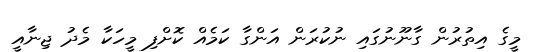
މީގެ އިތުރުން ގާނޫނުގައި ނުކުރަން އަންގާ ކަމެއް ކޮށްފި މީހަކާ މެދު ޖިނާއީ